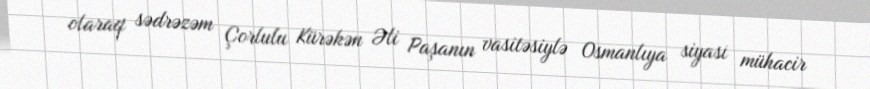
olaraq sədrəzəm Çorlulu Kürəkən Əli Paşanın vasitəsiylə Osmanlıya siyasi mühacir